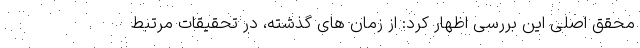
محقق اصلی این بررسی اظهار کرد: از زمان های گذشته، در تحقیقات مرتبط